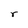
Character: r